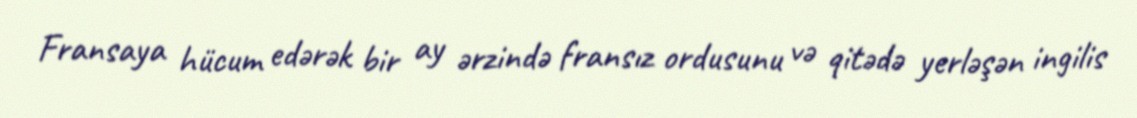
Fransaya hücum edərək bir ay ərzində fransız ordusunu və qitədə yerləşən ingilis